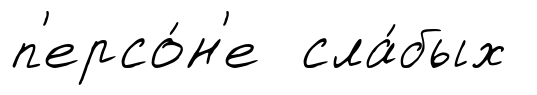
п'ерсо́н'е сла́бых